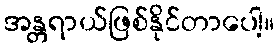
အန္တရာယ်ဖြစ်နိုင်တာပေါ့။